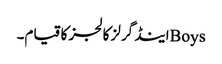
Boysاینڈ گرلز کالجز کا قیام۔